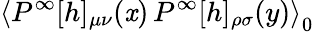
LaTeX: \left<P^{\infty}[h]_{\mu\nu}(\mathit{x})\, P^{\infty}[h]_{\rho\sigma}(y)\right>_{0}